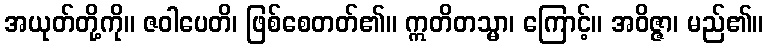
အယုတ်တို့ကို။ ဇဝါပေတိ၊ ဖြစ်စေတတ်၏။ ဣတိတသ္မာ၊ ကြောင့်။ အဝိဇ္ဇာ၊ မည်၏။